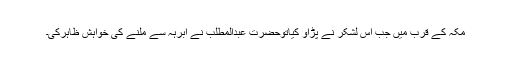
مکہ کے قرب میں جب اس لشکر نے پڑاؤ کیاتوحضرت عبدالمطلب نے ابرہہ سے ملنے کی خواہش ظاہرکی۔